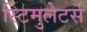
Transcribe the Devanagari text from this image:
स्टिमुलेटर्स